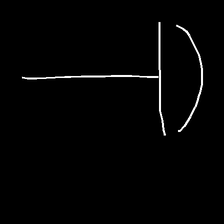
Glyph: dispersion